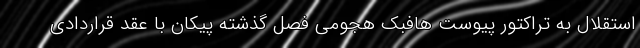
استقلال به تراکتور پیوست هافبک هجومی فصل گذشته پیکان با عقد قراردادی